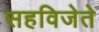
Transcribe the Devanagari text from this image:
सहविजेते